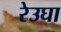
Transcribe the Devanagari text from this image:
रेउघा